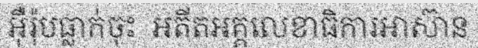
អ៊ឺរ៉ុបធ្លាក់ចុះ  អតីតអគ្គលេខាធិការអាស៊ាន